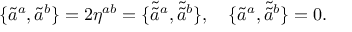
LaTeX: \{ \tilde { a } ^ { a } , \tilde { a } ^ { b } \} = 2 \eta ^ { a b } = \{ \tilde { \tilde { a } } { } ^ { a } , \tilde { \tilde { a } } { } ^ { b } \} , \quad \{ \tilde { a } ^ { a } , \tilde { \tilde { a } } { } ^ { b } \} = 0 .